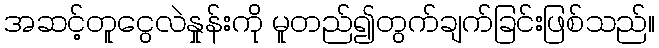
အဆင့်တူငွေလဲနှုန်းကို မူတည်၍တွက်ချက်ခြင်းဖြစ်သည်။